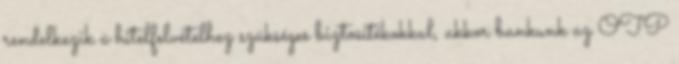
rendelkezik a hitelfelvételhez szükséges biztosítékokkal, akkor bankunk az OTP